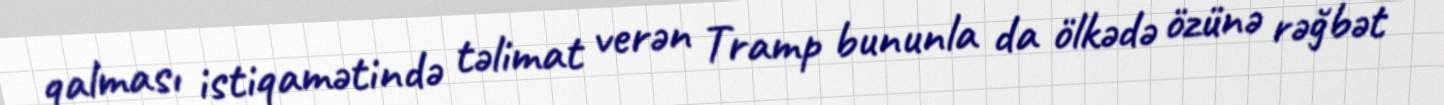
qalması istiqamətində təlimat verən Tramp bununla da ölkədə özünə rəğbət